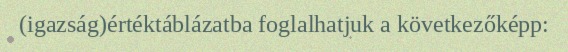
(igazság)értéktáblázatba foglalhatjuk a következőképp: